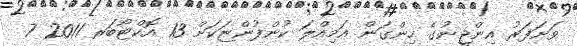
ވަށަފަރު އިންޖީނުގެ ހިންގަން އަމިއްލަ ކުންފުންޏަކަށް 13 އޮކްޓޯބަރ 2011 7